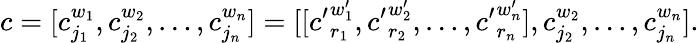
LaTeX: c=[c_{j_{1}}^{w_{1}},c_{j_{2}}^{w_{2}},\dots,c_{j_{n}}^{w_{n}}]=[[{c^{\prime}}_{r_{1}}^{w_{1}^{\prime}},{c^{\prime}}_{r_{2}}^{w_{2}^{\prime}},\dots,{c^{\prime}}_{r_{n}}^{w_{n}^{\prime}}],c_{j_{2}}^{w_{2}},\dots,c_{j_{n}}^{w_{n}}].